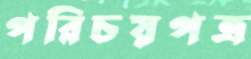
পরিচয়পত্র